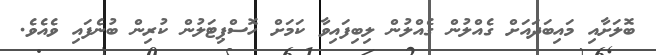
ބޮލަށާއި މައިބަދައަށް ގެއްލުން ގެއްލުން ލިބިފައިވާ ކަމަށް ހޮސްޕިޓަލުން ކުރިން ބުނެފައި ވެއެވެ.